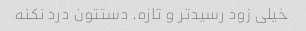
خیلی زود رسید‌تر و تازه. دستتون درد نکنه